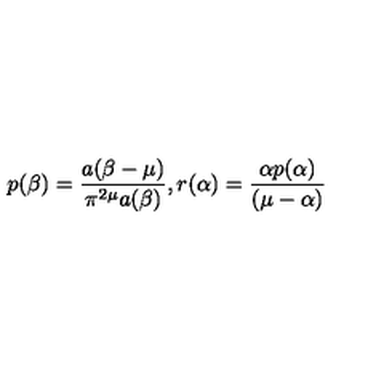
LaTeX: p ( \beta ) = \frac { a ( \beta - \mu ) } { \pi ^ { 2 \mu } a ( \beta ) } , r ( \alpha ) = \frac { \alpha p ( \alpha ) } { ( \mu - \alpha ) }